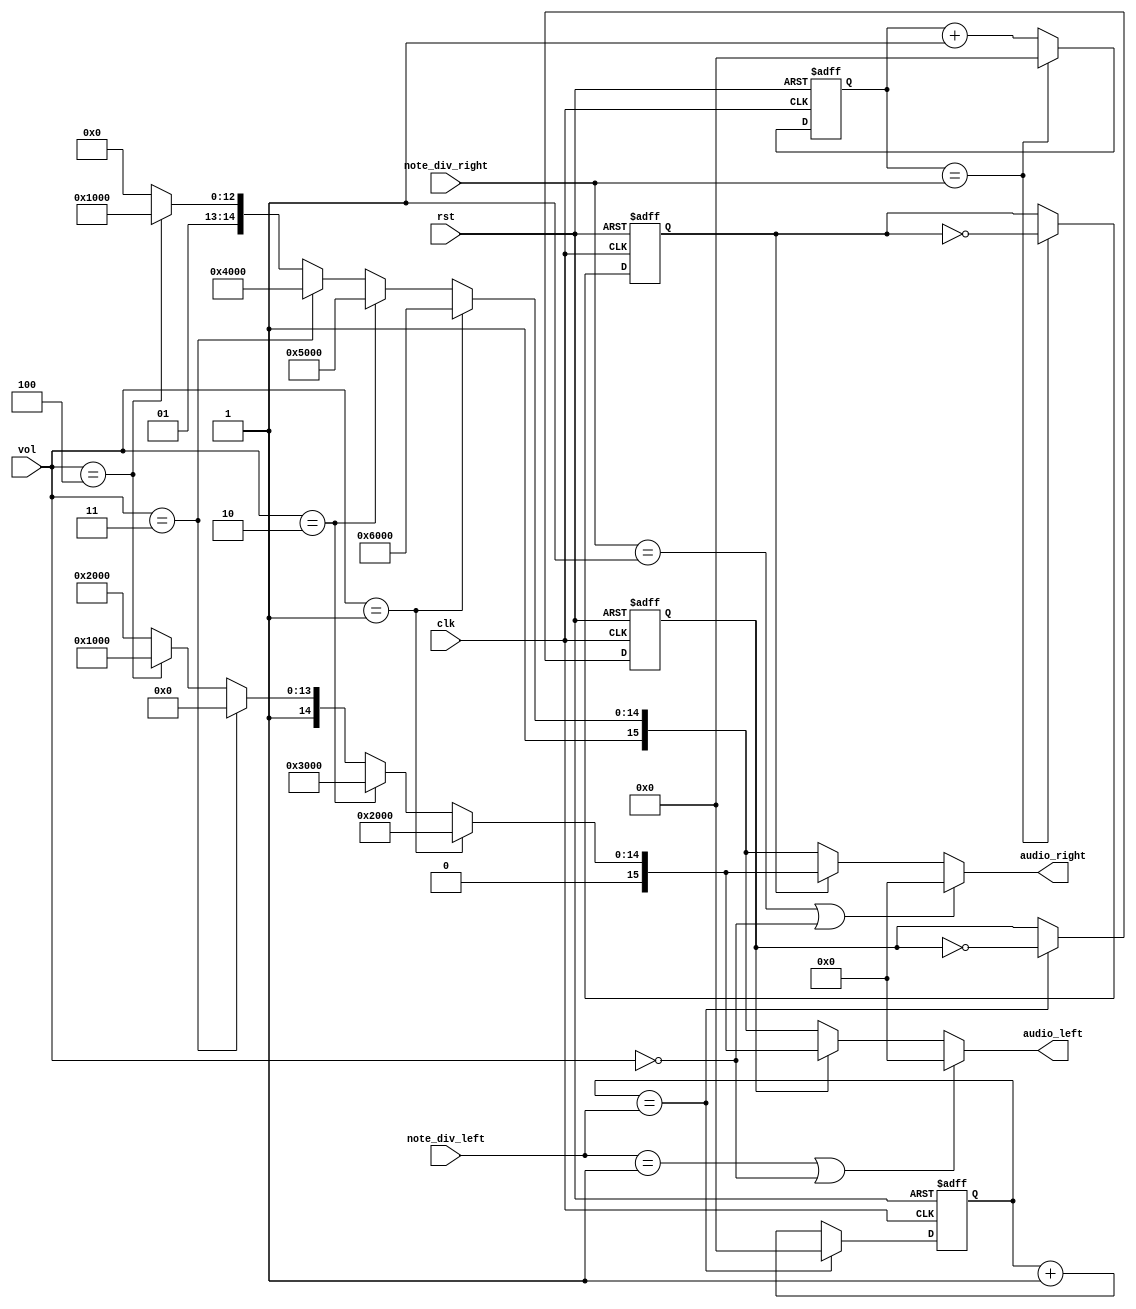
module note_gen(
    input clk, // clock from crystal
    input rst, // active high reset
    input [2:0] vol, 
    input [21:0] note_div_left, // div for note generation
    input [21:0] note_div_right,
    output [15:0] audio_left,
    output [15:0] audio_right
);
    // Declare internal signals
    reg [21:0] clk_cnt_next, clk_cnt;
    reg [21:0] clk_cnt_next_2, clk_cnt_2;
    reg b_clk, b_clk_next;
    reg c_clk, c_clk_next;

    // Note frequency generation
    // clk_cnt, clk_cnt_2, b_clk, c_clk
    always @(posedge clk or posedge rst)
        if (rst == 1'b1)
            begin
                clk_cnt <= 22'd0;
                clk_cnt_2 <= 22'd0;
                b_clk <= 1'b0;
                c_clk <= 1'b0;
            end
        else
            begin
                clk_cnt <= clk_cnt_next;
                clk_cnt_2 <= clk_cnt_next_2;
                b_clk <= b_clk_next;
                c_clk <= c_clk_next;
            end
    
    // clk_cnt_next, b_clk_next
    always @*
        if (clk_cnt == note_div_left)
            begin
                clk_cnt_next = 22'd0;
                b_clk_next = ~b_clk;
            end
        else
            begin
                clk_cnt_next = clk_cnt + 1'b1;
                b_clk_next = b_clk;
            end

    // clk_cnt_next_2, c_clk_next
    always @*
        if (clk_cnt_2 == note_div_right)
            begin
                clk_cnt_next_2 = 22'd0;
                c_clk_next = ~c_clk;
            end
        else
            begin
                clk_cnt_next_2 = clk_cnt_2 + 1'b1;
                c_clk_next = c_clk;
            end

    // Assign the amplitude of the note
    // Volume is controlled here
    assign audio_left = (note_div_left == 22'd1 || vol==0) ? 16'h0000 : 
                                (b_clk == 1'b0) ? (vol==1) ? 16'hE000 : 
                                                  (vol==2) ? 16'hD000 :
                                                  (vol==3) ? 16'hC000 :
                                                  (vol==4) ? 16'hB000 : 16'hA000 : (vol==1) ? 16'h2000 :
                                                                                   (vol==2) ? 16'h3000 :
                                                                                   (vol==3) ? 16'h4000 :
                                                                                   (vol==4) ? 16'h5000 : 16'h6000;
    assign audio_right = (note_div_right == 22'd1 || vol==0) ? 16'h0000 : 
                                (c_clk == 1'b0) ? (vol==1) ? 16'hE000 : 
                                                  (vol==2) ? 16'hD000 :
                                                  (vol==3) ? 16'hC000 :
                                                  (vol==4) ? 16'hB000 : 16'hA000 : (vol==1) ? 16'h2000 :
                                                                                   (vol==2) ? 16'h3000 :
                                                                                   (vol==3) ? 16'h4000 :
                                                                                   (vol==4) ? 16'h5000 : 16'h6000;
                        
endmodule